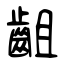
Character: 齟